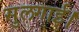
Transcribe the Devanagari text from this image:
सुलगाई।